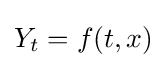
Y_{t}=f(t,x)